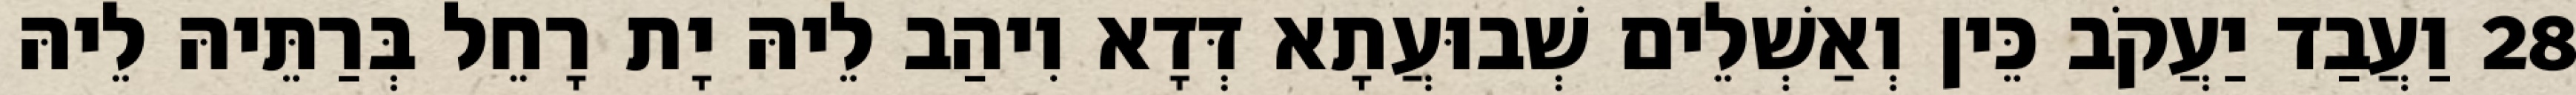
28 וַעֲבַד יַעֲקֹב כֵּין וְאַשְׁלֵים שְׁבוּעֲתָא דְּדָא וִיהַב לֵיהּ יָת רָחֵל בְּרַתֵּיהּ לֵיהּ